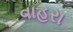
વાહરા